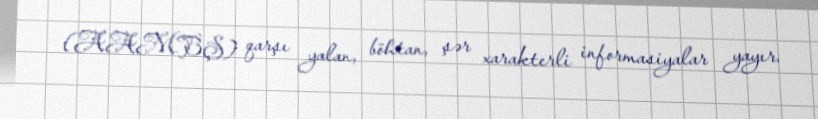
(AAMBŞ) qarşı yalan, böhtan, şər xarakterli informasiyalar yayır.